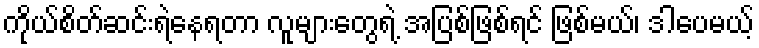
ကိုယ်စိတ်ဆင်းရဲနေရတာ လူများတွေရဲ့ အပြစ်ဖြစ်ရင် ဖြစ်မယ်၊ ဒါပေမယ့်